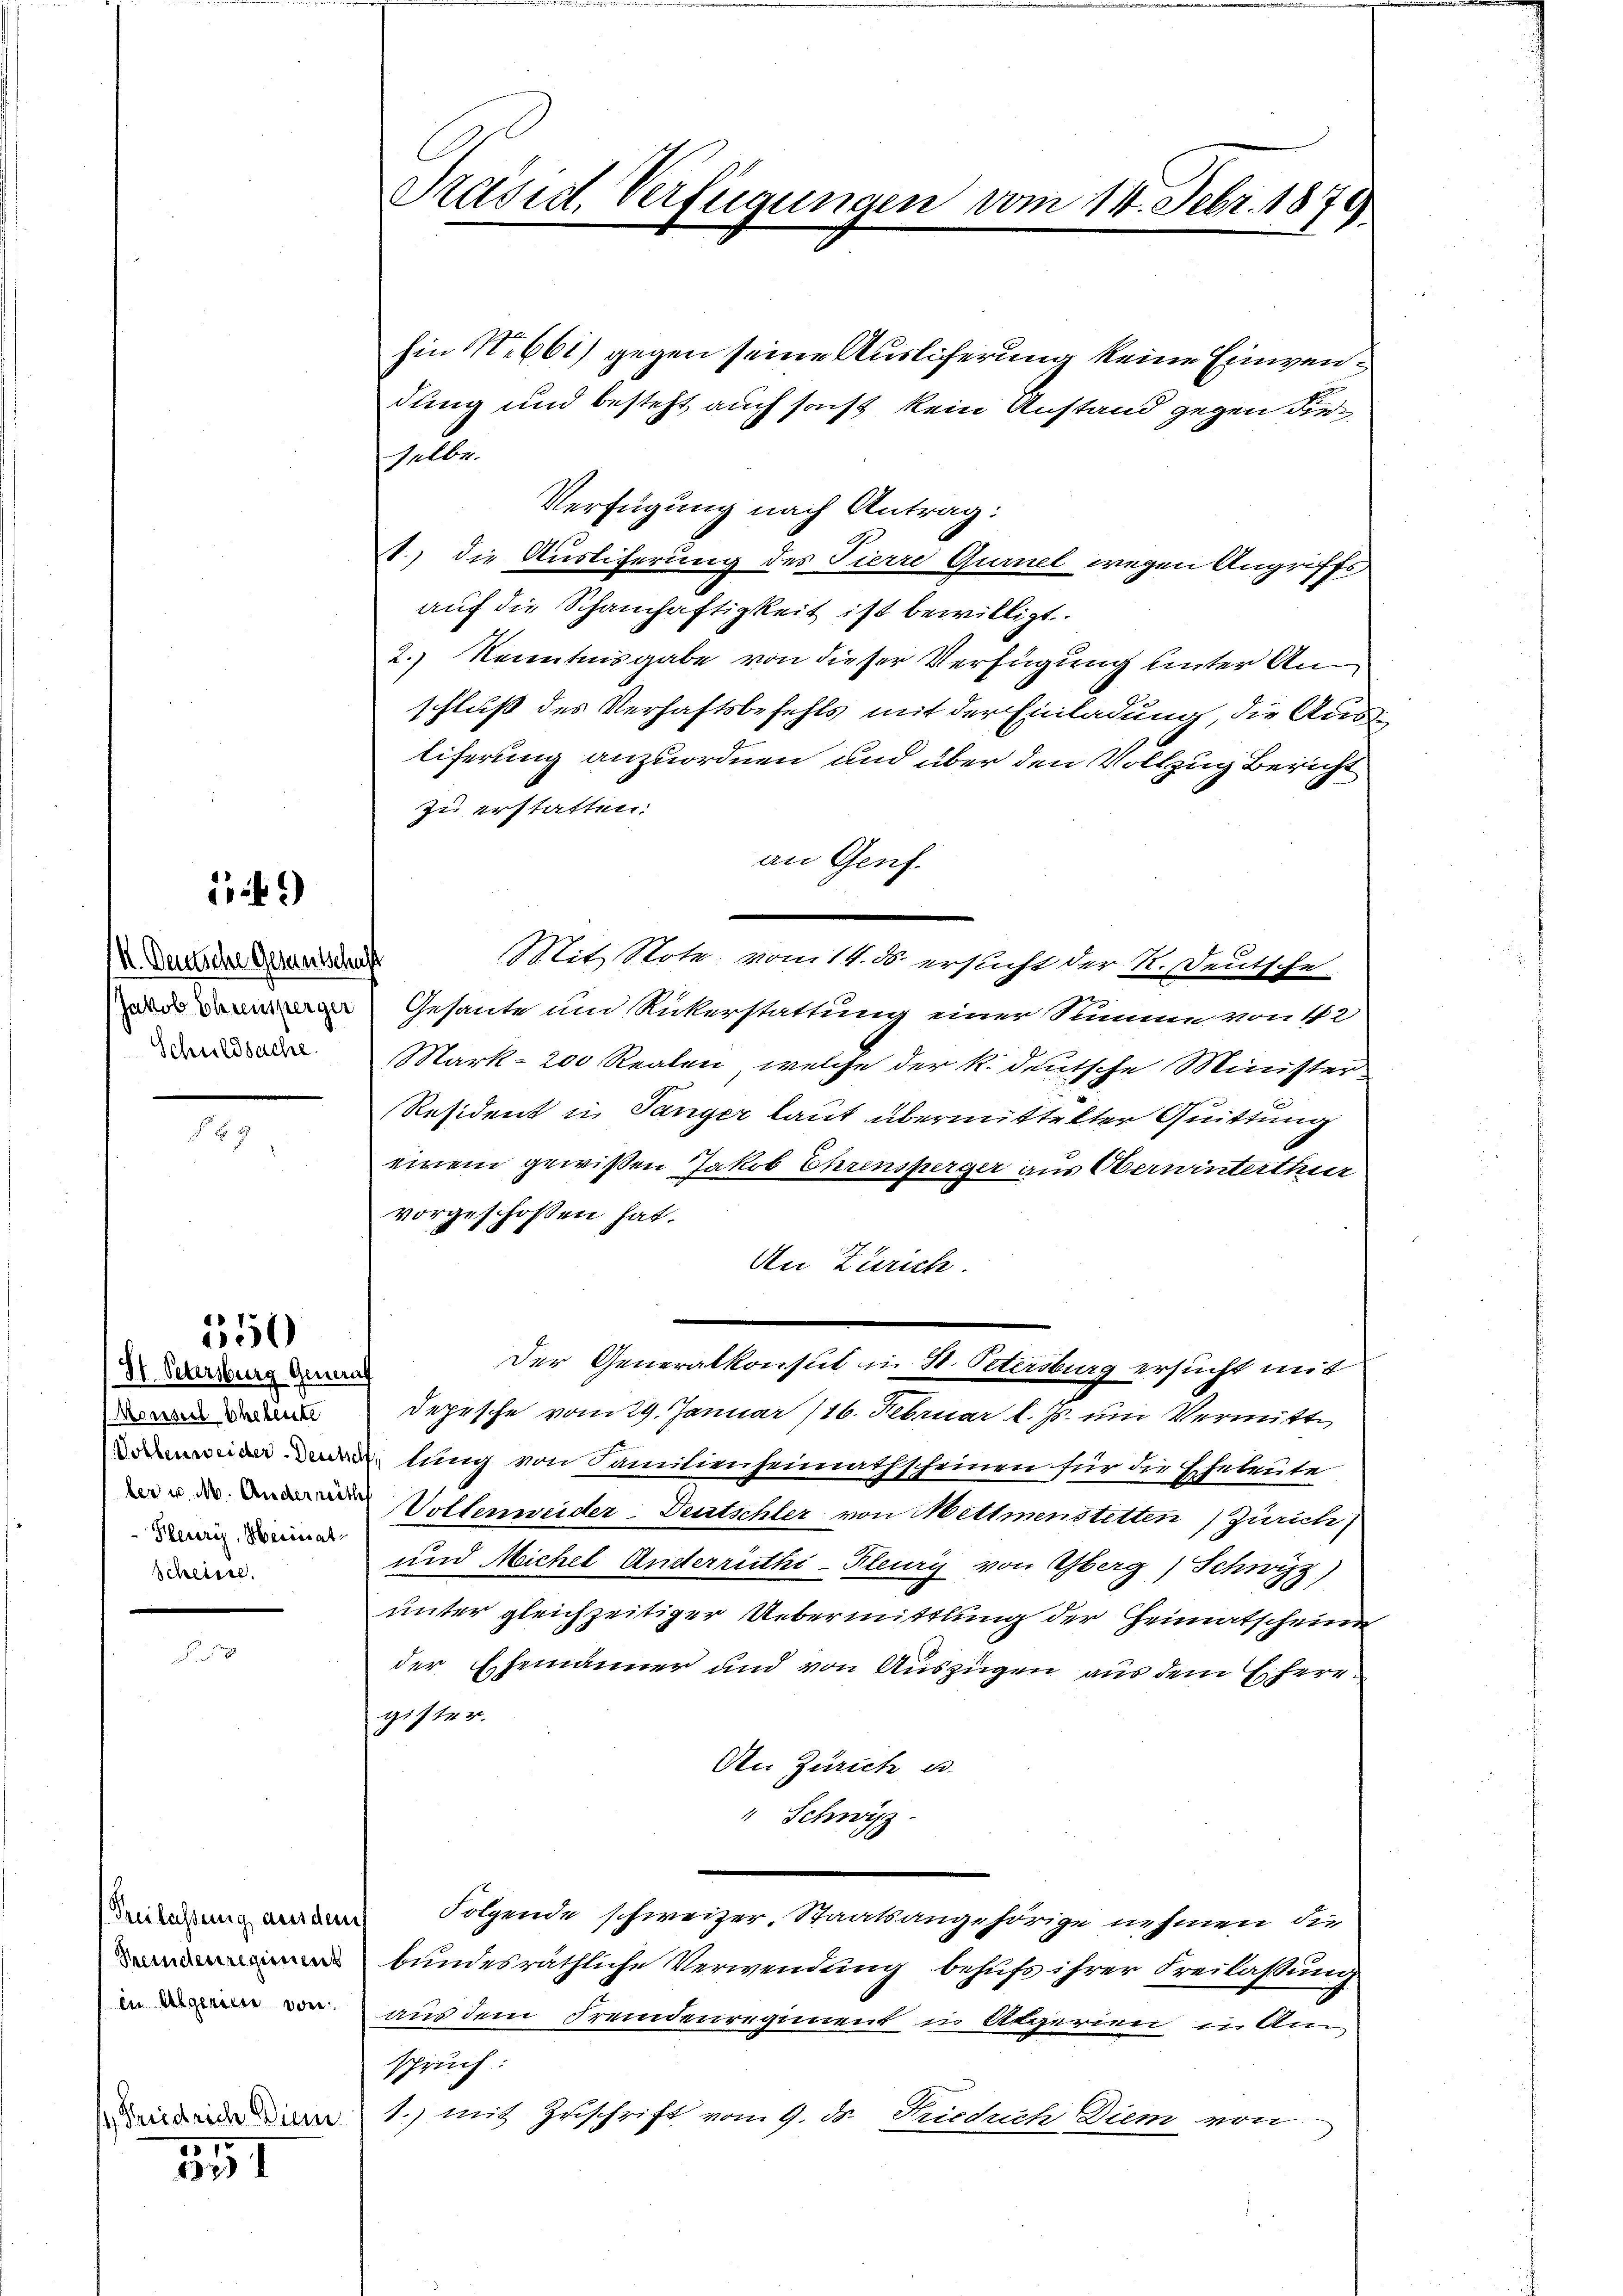
.9)

II. Deutsche Gesuntschaft
Jakob Ehrensperger
Schuldsache.

.

550

St. Petersburg Generat
Monseil Eheleute
Pleurig, Mariat
Scheisse.

s Friedrich Dien

551

Präsid. Verfügungen vom 11. Febr. 1879

hin 1. 661) gegen seine Ausliferung keine Einwendung und besteht auch sonst kein Anstand gegen dieselbe.
Verfügung nach Antrag:
1., die Ausliferung des Pierre Qumel wegen Angriffe
auf die Schamhaftigkeit ist bewilligt.
2.) Kenntnisgabe von dieser Verfügung unter Anschluß des Verhaftsbefehls mit der Einladung, die Austiferung anzuordnen und über den Vollzug Bericht
zu erstatten.
an Genf.
Mit Note vom 14. ds. ersucht der K. Deutsche
Gesante und Rickerstattung einer Summe von 12
Mark- 200 Realen, welche der k. deutsche Minister
Resident in Tanger laut übermittelter Quittung
einem gewißen Jakob Ehrensperger aus Oberwinterthur
vorgeschossen hat.
An Zürich.
Der Generalkonsul in St. Petersburg ersucht mit
Depesche vom 29. Januar (16. Februar l. Js. um Vermitte
 lung von Familienheimathscheinen für die Eheleute
 Volkerweider-Deutschler von Mettmenstetten (Zürich,
und Michel Anderrüthi-Pleury von Oberg) Schwyz,
unter gleichzeitiger Uebermittlung der Heimatscheine
der Ehemänner und von Auszügen aus dem Eifere
gister.
An Zürich u.
" Schwyz
Verlesung anden Folgende schweizer. Staatsangehörige nehmen die
bundesräthliche Verwendung behufs ihrer Freilaßung
 aus dem Fremdenregiment in Algerien in Am
spruch
1.) mit Zuschrift vom 9. ds. Friedrich Diem von